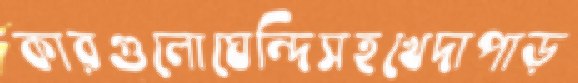
কারগুলোঘেন্দিসহখেদাপাড়